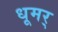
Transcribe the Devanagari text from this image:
धूमर्